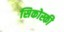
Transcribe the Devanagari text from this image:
सिकोस्की